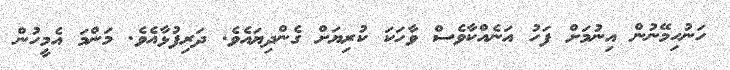
ހަނުހިމޭނުން އިނުމަށް ފަހު އަނެއްކާވެސް ވާހަކަ ކުރިޔަށް ގެންދިޔައެވެ. ދަރިފުޅާއެވެ. މަންމަ އެމީހުން